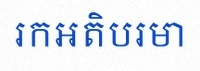
រកអតិបរមា